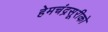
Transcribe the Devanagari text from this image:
हेमचंद्रसूरीको